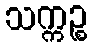
သက္ကဉ္စ